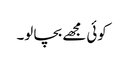
کوئی مجھے بچا لو۔